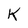
Character: K